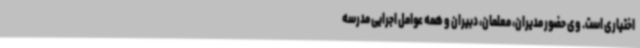
اختیاری است. وی حضور مدیران، معلمان، دبیران و همه عوامل اجرایی مدرسه